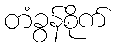
တံခွန်စိုက်